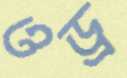
ওড্র